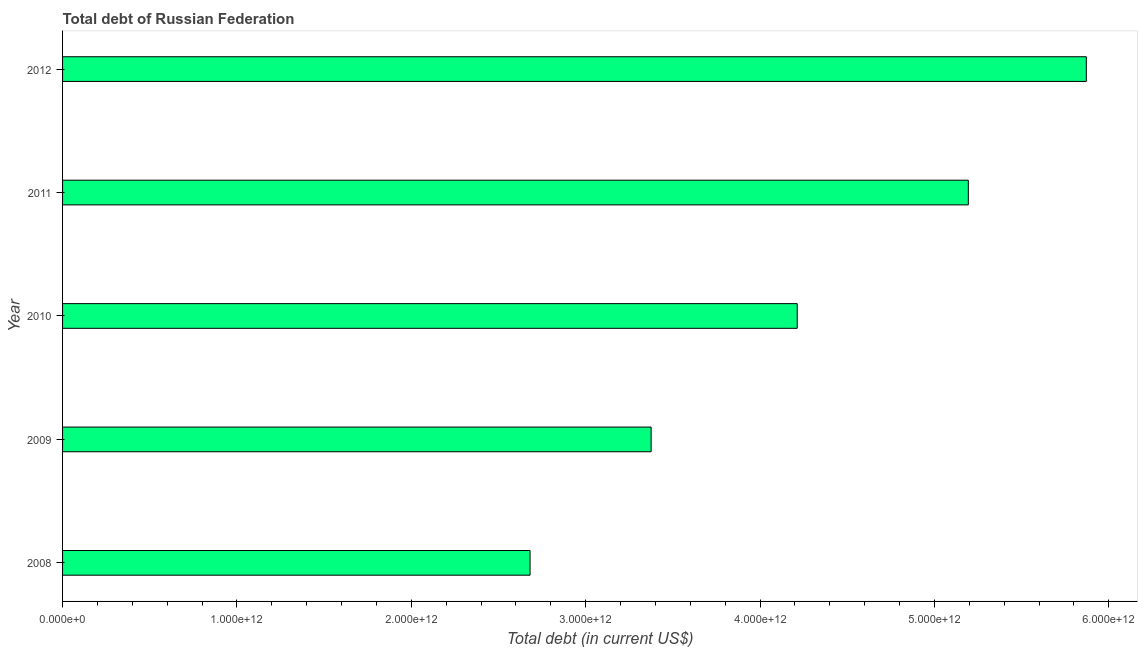
| Year | Central government debt |
 | --- | --- |
 | 2008 | 2.68e+12 |
 | 2009 | 3.38e+12 |
 | 2010 | 4.21e+12 |
 | 2011 | 5.19e+12 |
 | 2012 | 5.87e+12 |